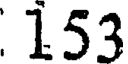
153